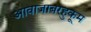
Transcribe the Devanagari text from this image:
आवाजाबरहुकूम